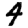
Digit: 4